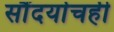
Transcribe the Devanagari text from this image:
सौंदर्याचही